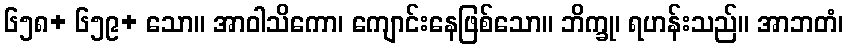
၆၅၈+ ၆၅၉+ သော။ အာဝါသိကော၊ ကျောင်းနေဖြစ်သော။ ဘိက္ခု၊ ရဟန်းသည်။ အာဘတံ၊